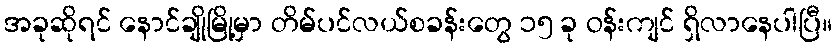
အခုဆိုရင် နောင်ချိုမြို့မှာ တိမ်ပင်လယ်စခန်းတွေ ၁၅ ခု ဝန်းကျင် ရှိလာနေပါပြီ။